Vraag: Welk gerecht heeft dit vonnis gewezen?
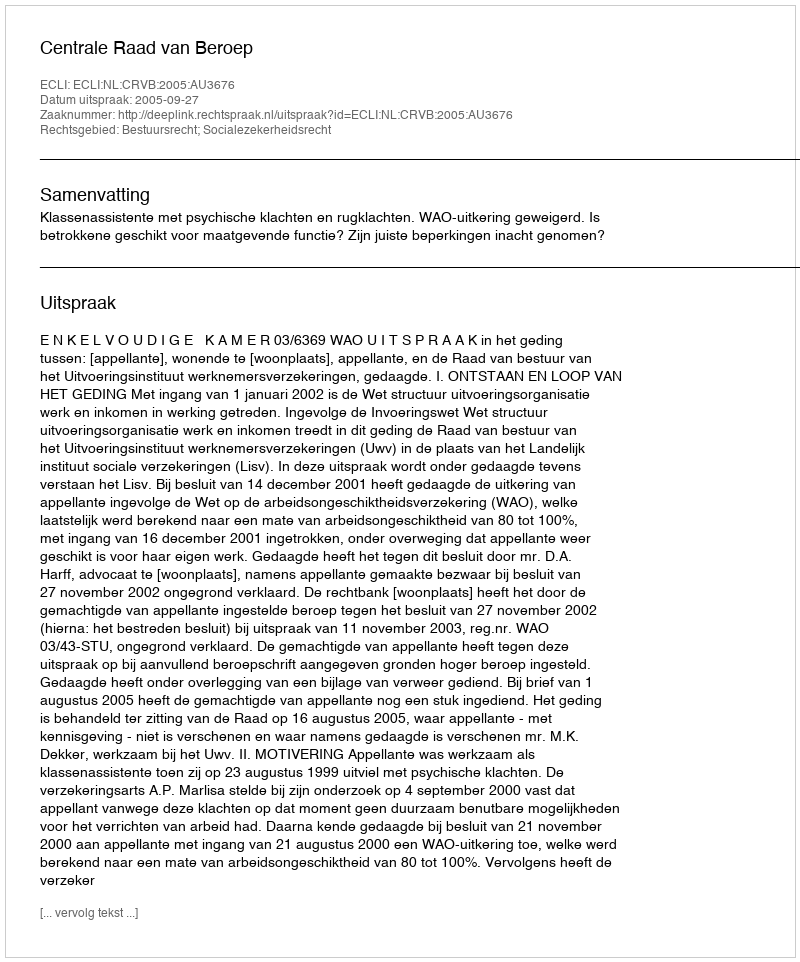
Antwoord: Centrale Raad van Beroep